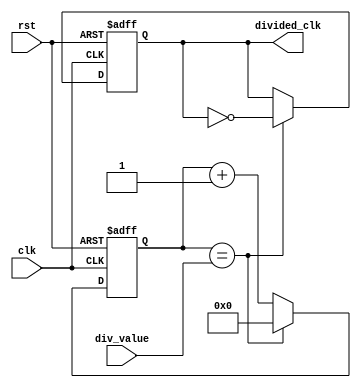
module clock_divider (
input wire clk,
input wire rst,
input wire [7:0] div_value,
output reg divided_clk
);

reg [7:0] counter;

always @(posedge clk or posedge rst) begin
if (rst) begin
counter <= 8'b0;
divided_clk <= 1'b0;
end else begin
if (counter == div_value) begin
counter <= 8'b0;
divided_clk <= ~divided_clk;
end else begin
counter <= counter + 1;
end
end
end

endmodule